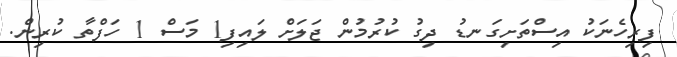
ފިރިހެނަކު އިސްތަށިގަނޑު ދިގު ކުރުމުން ޖަލަށް ލަައިފި1 މަސް 1 ހަފްތާ ކުރިން.